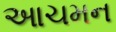
આચમન